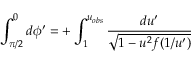
\int _ { \pi / 2 } ^ { 0 } d \phi ^ { \prime } = + \int _ { 1 } ^ { u _ { o b s } } \frac { d u ^ { \prime } } { \sqrt { 1 - u ^ { 2 } f ( 1 / u ^ { \prime } ) } }